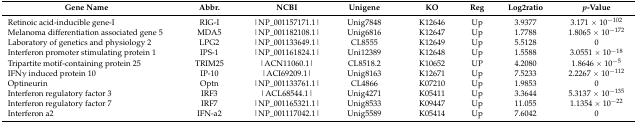
| Gene Name | Abbr. | NCBI | Unigene | KO | Reg | Log2ratio | p-Value |
 | --- | --- | --- | --- | --- | --- | --- | --- |
 | Retinoic acid-inducible gene-I | RIG-I | |NP_001157171.1| | Unig7848 | K12646 | Up | 3.9377 | 3.171 × 10−102 |
 | Melanoma differentiation associated gene 5 | MDA5 | |NP_001182108.1| | Unig6816 | K12647 | Up | 1.7788 | 1.8065 × 10−172 |
 | Laboratory of genetics and physiology 2 | LPG2 | |NP_001133649.1| | CL8555 | K12649 | Up | 5.5128 | 0 |
 | Interferon promoter stimulating protein 1 | IPS-1 | |NP_001161824.1| | Uni12389 | K12648 | Up | 1.5588 | 3.0551 × 10−18 |
 | Tripartite motif-containing protein 25 | TRIM25 | |ACN11060.1| | CL8518.2 | K10652 | UP | 4.2080 | 1.8646 × 10−5 |
 | IFNγ induced protein 10 | IP-10 | |ACI69209.1| | Unig8163 | K12671 | Up | 7.5233 | 2.2267 × 10−112 |
 | Optineurin | Optn | |NP_001133761.1| | CL4866 | K07210 | Up | 1.9853 | 0 |
 | Interferon regulatory factor 3 | IRF3 | |ACL68544.1| | Unig4271 | K05411 | Up | 3.3644 | 5.3137 × 10−135 |
 | Interferon regulatory factor 7 | IRF7 | |NP_001165321.1| | Unig8533 | K09447 | Up | 11.055 | 1.1354 × 10−22 |
 | Interferon a2 | IFN-a2 | |NP_001117042.1| | Unig5589 | K05414 | Up | 7.6042 | 0 |